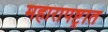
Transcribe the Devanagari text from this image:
महारापष्ट्रात